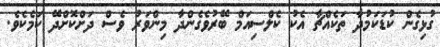
ގުޅިގެން ކުޑަކަމުދާ ތަކެއްޗާ އެކު ކެލްސިއަމް ބޭރުވެގެންދާ މިންވަރު ވެސް ދަށްކޮށްދޭ ކަމެކެވެ.